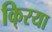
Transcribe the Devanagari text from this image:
कि्रया